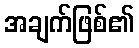
အချက်ဖြစ်၏